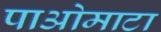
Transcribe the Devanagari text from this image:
पाओमाटा